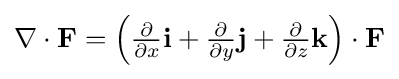
{\textstyle \nabla \cdot {\textbf {F}}=\left({\frac {\partial }{\partial x}}{\textbf {i}}+{\frac {\partial }{\partial y}}{\textbf {j}}+{\frac {\partial }{\partial z}}{\textbf {k}}\right)\cdot {\textbf {F}}}